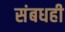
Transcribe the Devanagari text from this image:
संबधही